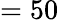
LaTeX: =50